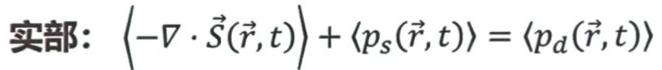
实部：$\langle -\nabla \cdot \vec{S}(\vec{r}, t) \rangle + \langle p_s(\vec{r}, t) \rangle = \langle p_d(\vec{r}, t) \rangle$